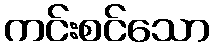
ကင်းစင်သော